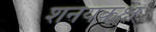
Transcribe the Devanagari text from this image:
शनयकक्ष